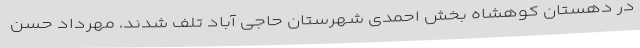
در دهستان کوهشاه بخش احمدی شهرستان حاجی آباد تلف شدند. مهرداد حسن